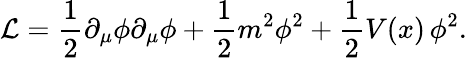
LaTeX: {\cal L}=\frac{1}{2}\partial_{\mu}\phi\partial_{\mu}\phi+\frac{1}{2}m^{2}\phi^{2}+\frac{1}{2}V(x)\, \phi^{2}.